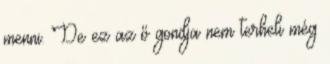
menni. De ez az ő gondja nem terheli még